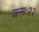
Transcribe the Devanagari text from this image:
जन्मः२२